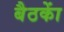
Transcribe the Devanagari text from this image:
बैठकाें